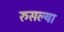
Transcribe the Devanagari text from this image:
रुसल्या